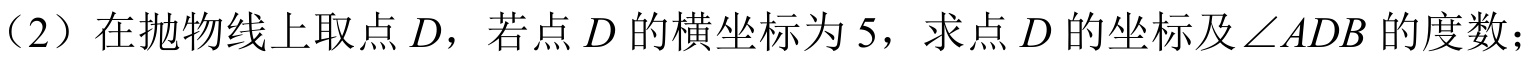
（2）在抛物线上取点\(D\)，若点\(D\)的横坐标为\(5\)，求点\(D\)的坐标及\(\angle ADB\)的度数；